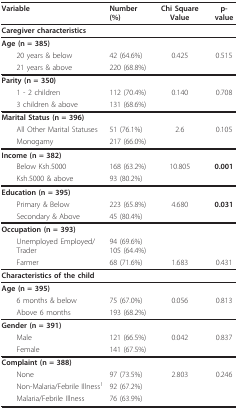
<table><thead><tr><td><b>Variable</b></td><td><b>Number (%)</b></td><td><b>Chi Square Value</b></td><td><b>p-value</b></td></tr></thead><tbody><tr><td colspan="4"><b>Caregiver characteristics</b></td></tr><tr><td><b>Age (n = 385)</b></td><td></td><td></td><td></td></tr><tr><td> 20 years &amp; below</td><td>42 (64.6%)</td><td>0.425</td><td>0.515</td></tr><tr><td> 21 years &amp; above</td><td>220 (68.8%)</td><td></td><td></td></tr><tr><td><b>Parity (n = 350)</b></td><td></td><td></td><td></td></tr><tr><td> 1 - 2 children</td><td>112 (70.4%)</td><td>0.140</td><td>0.708</td></tr><tr><td> 3 children &amp; above</td><td>131 (68.6%)</td><td></td><td></td></tr><tr><td><b>Marital Status (n = 396)</b></td><td></td><td></td><td></td></tr><tr><td> All Other Marital Statuses</td><td>51 (76.1%)</td><td>2.6</td><td>0.105</td></tr><tr><td> Monogamy</td><td>217 (66.0%)</td><td></td><td></td></tr><tr><td><b>Income (n = 382)</b></td><td></td><td></td><td></td></tr><tr><td> Below Ksh.5000</td><td>168 (63.2%)</td><td>10.805</td><td><b>0.001</b></td></tr><tr><td> Ksh.5000 &amp; above</td><td>93 (80.2%)</td><td></td><td></td></tr><tr><td><b>Education (n = 395)</b></td><td></td><td></td><td></td></tr><tr><td> Primary &amp; Below</td><td>223 (65.8%)</td><td>4.680</td><td><b>0.031</b></td></tr><tr><td> Secondary &amp; Above</td><td>45 (80.4%)</td><td></td><td></td></tr><tr><td><b>Occupation (n = 393)</b></td><td></td><td></td><td></td></tr><tr><td> Unemployed Employed/Trader</td><td>94 (69.6%)105 (64.4%)</td><td></td><td></td></tr><tr><td> Farmer</td><td>68 (71.6%)</td><td>1.683</td><td>0.431</td></tr><tr><td colspan="4"><b>Characteristics of the child</b></td></tr><tr><td><b>Age (n = 395)</b></td><td></td><td></td><td></td></tr><tr><td> 6 months &amp; below</td><td>75 (67.0%)</td><td>0.056</td><td>0.813</td></tr><tr><td> Above 6 months</td><td>193 (68.2%)</td><td></td><td></td></tr><tr><td><b>Gender (n = 391)</b></td><td></td><td></td><td></td></tr><tr><td> Male</td><td>121 (66.5%)</td><td>0.042</td><td>0.837</td></tr><tr><td> Female</td><td>141 (67.5%)</td><td></td><td></td></tr><tr><td><b>Complaint (n = 388)</b></td><td></td><td></td><td></td></tr><tr><td> None</td><td>97 (73.5%)</td><td>2.803</td><td>0.246</td></tr><tr><td> Non-Malaria/Febrile Illness<sup>1</sup></td><td>92 (67.2%)</td><td></td><td></td></tr><tr><td> Malaria/Febrile Illness</td><td>76 (63.9%)</td><td></td><td></td></tr></tbody></table>